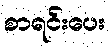
စာရင်းပေး